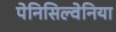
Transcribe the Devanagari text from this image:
पेनिसिल्‍वेनिया